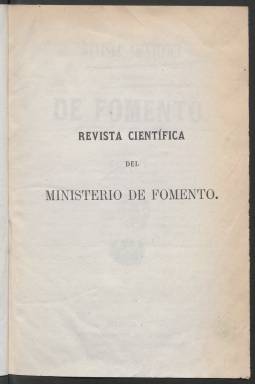
Título: Revista científica del Ministerio de Fomento
Colección: Agricultura || Industria
Ámbito geográfico: Madrid
Lugar de publicación: Madrid
Fechas: 03/07/1862-01/06/1865